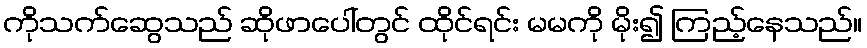
ကိုသက်ဆွေသည် ဆိုဖာပေါ်တွင် ထိုင်ရင်း မမကို မိုး၍ ကြည့်နေသည်။